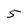
Character: 5